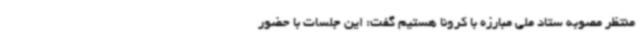
منتظر مصوبه ستاد ملی مبارزه با کرونا هستیم گفت: این جلسات با حضور